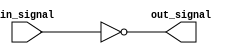
module inverting_buffer (
    input wire in_signal,
    output reg out_signal
);

assign out_signal = ~in_signal;

endmodule